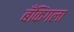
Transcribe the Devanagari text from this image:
बँकिंगला